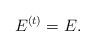
LaTeX: \begin{align*}E^{(t)}=E.\end{align*}